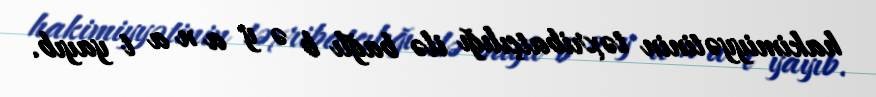
hakimiyyətinin təxribatçılığı ilə bağlı b ə y a n a t yayıb.